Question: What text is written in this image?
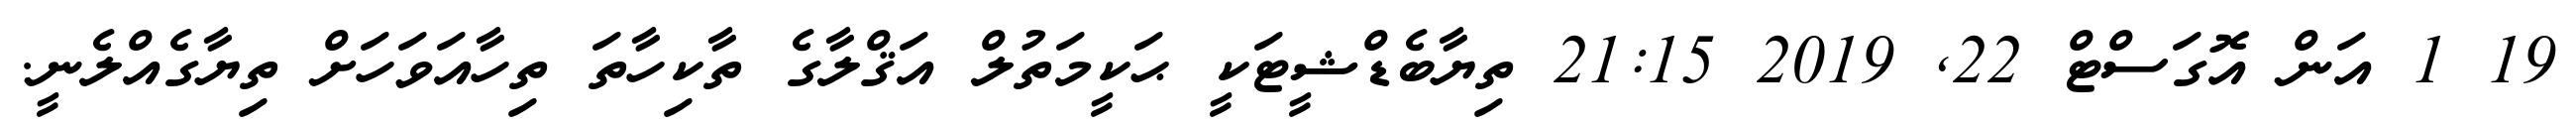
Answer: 19 1 އަން އޮގަސްޓް 22, 2019 21:15 ތިޔާބެޑްޝީޓަކީ ޙަކީމަތުލް އަޤްލާގެ ތާކިހާތަ ތިހާއަވަހަށް ތިޔާގެއްލެނީ.